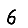
Digit: 6